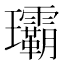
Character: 𤫦